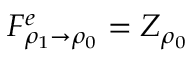
F _ { \rho _ { 1 } \to \rho _ { 0 } } ^ { e } = Z _ { \rho _ { 0 } }